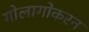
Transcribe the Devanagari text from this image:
गोलागोकरन